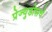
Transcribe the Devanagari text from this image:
प्रेज्युडीसचे